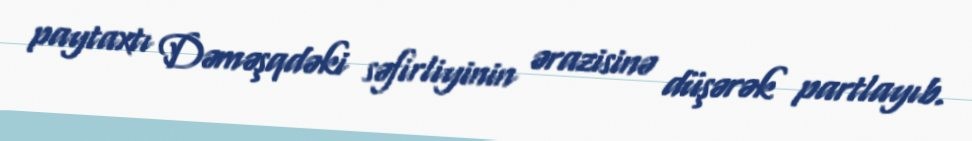
paytaxtı Dəməşqdəki səfirliyinin ərazisinə düşərək partlayıb.